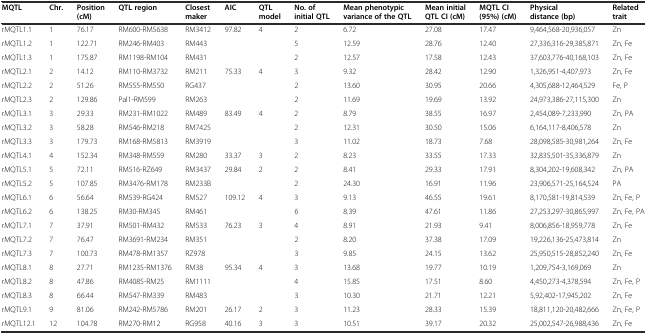
<table><thead><tr><td><b>MQTL</b></td><td><b>Chr.</b></td><td><b>Position (cM)</b></td><td><b>QTL region</b></td><td><b>Closest maker</b></td><td><b>AIC</b></td><td><b>QTL model</b></td><td><b>No. of initial QTL</b></td><td><b>Mean phenotypic variance of the QTL</b></td><td><b>Mean initial QTL CI (cM)</b></td><td><b>MQTL CI (95%) (cM)</b></td><td><b>Physical distance (bp)</b></td><td><b>Related trait</b></td></tr></thead><tbody><tr><td>rMQTL1.1</td><td>1</td><td>76.17</td><td>RM600-RM5638</td><td>RM3412</td><td>97.82</td><td>4</td><td>2</td><td>6.72</td><td>27.08</td><td>17.47</td><td>9,464,568-20,936,057</td><td>Zn</td></tr><tr><td>rMQTL1.2</td><td>1</td><td>122.71</td><td>RM246-RM403</td><td>RM443</td><td></td><td></td><td>5</td><td>12.59</td><td>28.76</td><td>12.40</td><td>27,336,316-29,385,871</td><td>Zn, Fe</td></tr><tr><td>rMQTL1.3</td><td>1</td><td>175.87</td><td>RM1198-RM104</td><td>RM431</td><td></td><td></td><td>2</td><td>12.57</td><td>17.58</td><td>12.43</td><td>37,603,776-40,168,103</td><td>Zn, Fe</td></tr><tr><td>rMQTL2.1</td><td>2</td><td>14.12</td><td>RM110-RM3732</td><td>RM211</td><td>75.33</td><td>4</td><td>3</td><td>9.32</td><td>28.42</td><td>12.90</td><td>1,326,951-4,407,973</td><td>Zn, Fe</td></tr><tr><td>rMQTL2.2</td><td>2</td><td>51.26</td><td>RM555-RM550</td><td>RG437</td><td></td><td></td><td>2</td><td>13.60</td><td>30.95</td><td>20.66</td><td>4,305,688-12,464,529</td><td>Fe, P</td></tr><tr><td>rMQTL2.3</td><td>2</td><td>129.86</td><td>Pal1-RM599</td><td>RM263</td><td></td><td></td><td>2</td><td>11.69</td><td>19.69</td><td>13.92</td><td>24,973,386-27,115,300</td><td>Zn</td></tr><tr><td>rMQTL3.1</td><td>3</td><td>29.33</td><td>RM231-RM1022</td><td>RM489</td><td>83.49</td><td>4</td><td>2</td><td>8.79</td><td>38.55</td><td>16.97</td><td>2,454,089-7,233,990</td><td>Zn, PA</td></tr><tr><td>rMQTL3.2</td><td>3</td><td>58.28</td><td>RM546-RM218</td><td>RM7425</td><td></td><td></td><td>2</td><td>12.31</td><td>30.50</td><td>15.06</td><td>6,164,117-8,406,578</td><td>Zn</td></tr><tr><td>rMQTL3.3</td><td>3</td><td>179.73</td><td>RM168-RM5813</td><td>RM3919</td><td></td><td></td><td>3</td><td>11.02</td><td>18.73</td><td>7.68</td><td>28,098,585-30,981,264</td><td>Zn, Fe</td></tr><tr><td>rMQTL4.1</td><td>4</td><td>152.34</td><td>RM348-RM559</td><td>RM280</td><td>33.37</td><td>3</td><td>2</td><td>8.23</td><td>33.55</td><td>17.33</td><td>32,835,501-35,336,879</td><td>Zn</td></tr><tr><td>rMQTL5.1</td><td>5</td><td>72.11</td><td>RM516-RZ649</td><td>RM3437</td><td>29.84</td><td>2</td><td>2</td><td>8.41</td><td>29.33</td><td>17.91</td><td>8,304,202-19,608,342</td><td>Zn, PA</td></tr><tr><td>rMQTL5.2</td><td>5</td><td>107.85</td><td>RM3476-RM178</td><td>RM233B</td><td></td><td></td><td>2</td><td>24.30</td><td>16.91</td><td>11.96</td><td>23,906,571-25,164,524</td><td>PA</td></tr><tr><td>rMQTL6.1</td><td>6</td><td>56.64</td><td>RM539-RG424</td><td>RM527</td><td>109.12</td><td>4</td><td>3</td><td>9.13</td><td>46.55</td><td>19.61</td><td>8,170,581-19,814,539</td><td>Zn, Fe, P</td></tr><tr><td>rMQTL6.2</td><td>6</td><td>138.25</td><td>RM30-RM345</td><td>RM461</td><td></td><td></td><td>6</td><td>8.39</td><td>47.61</td><td>11.86</td><td>27,253,297-30,865,997</td><td>Zn, Fe, PA</td></tr><tr><td>rMQTL7.1</td><td>7</td><td>37.91</td><td>RM501-RM432</td><td>RM533</td><td>76.23</td><td>3</td><td>4</td><td>8.91</td><td>21.93</td><td>9.41</td><td>8,006,856-18,959,778</td><td>Zn, Fe</td></tr><tr><td>rMQTL7.2</td><td>7</td><td>76.47</td><td>RM3691-RM234</td><td>RM351</td><td></td><td></td><td>2</td><td>8.20</td><td>37.38</td><td>17.09</td><td>19,226,136-25,473,814</td><td>Zn</td></tr><tr><td>rMQTL7.3</td><td>7</td><td>100.73</td><td>RM478-RM1357</td><td>RZ978</td><td></td><td></td><td>3</td><td>9.85</td><td>24.15</td><td>13.62</td><td>25,950,515-28,852,240</td><td>Zn, Fe</td></tr><tr><td>rMQTL8.1</td><td>8</td><td>27.71</td><td>RM1235-RM1376</td><td>RM38</td><td>95.34</td><td>4</td><td>3</td><td>13.68</td><td>19.77</td><td>10.19</td><td>1,209,754-3,169,069</td><td>Zn</td></tr><tr><td>rMQTL8.2</td><td>8</td><td>47.86</td><td>RM4085-RM25</td><td>RM1111</td><td></td><td></td><td>4</td><td>15.85</td><td>17.51</td><td>8.60</td><td>4,450,273-4,378,594</td><td>Zn, Fe, P</td></tr><tr><td>rMQTL8.3</td><td>8</td><td>66.44</td><td>RM547-RM339</td><td>RM483</td><td></td><td></td><td>3</td><td>10.30</td><td>21.71</td><td>12.21</td><td>5,92,402-17,945,202</td><td>Zn, Fe</td></tr><tr><td>rMQTL9.1</td><td>9</td><td>81.06</td><td>RM242-RM5786</td><td>RM201</td><td>26.17</td><td>2</td><td>3</td><td>11.23</td><td>28.33</td><td>15.39</td><td>18,811,120-20,482,666</td><td>Zn, Fe, P</td></tr><tr><td>rMQTL12.1</td><td>12</td><td>104.78</td><td>RM270-RM12</td><td>RG958</td><td>40.16</td><td>3</td><td>3</td><td>10.51</td><td>39.17</td><td>20.32</td><td>25,002,547-26,988,436</td><td>Zn, Fe</td></tr></tbody></table>